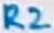
Text: R2